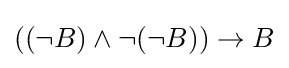
((\neg B)\land \neg (\neg B))\to B